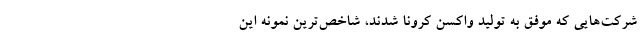
شرکت‌هایی که موفق به تولید واکسن کرونا شدند، شاخص‌ترین نمونه این